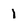
Character: 1